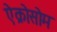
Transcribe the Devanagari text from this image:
ऐक्रोसोम